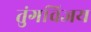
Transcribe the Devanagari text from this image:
तुंगविजय